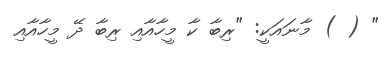
" ( ) މާނައަކީ: "ރިބާ ކާ މީހާއާއި ރިބާ ދޭ މީހާއާއި